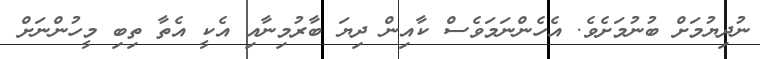
ނުދިޔުމަށް ބުނުމަށެވެ. އެހެންނަމަވެސް ކާއިން ދިޔަ ބާރުމިނާއި އެކީ އެތާ ތިބި މީހުންނަށް